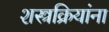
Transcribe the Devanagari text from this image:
शस्त्रक्रियांना